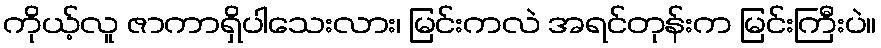
ကိုယ့်လူ ဇာကာရှိပါသေးလား၊ မြင်းကလဲ အရင်တုန်းက မြင်းကြီးပဲ။